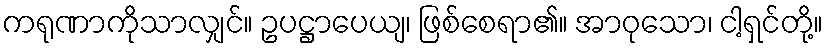
ကရုဏာကိုသာလျှင်။ ဥပဋ္ဌာပေယျ၊ ဖြစ်စေရာ၏။ အာဝုသော၊ ငါ့ရှင်တို့။